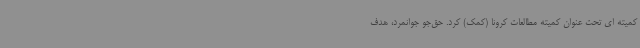
کمیته ای تحت عنوان کمیته مطالعات کرونا (کمک) کرد. حق‌جو جوانمرد، هدف